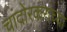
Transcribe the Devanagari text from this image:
चांदोरकरांच्या